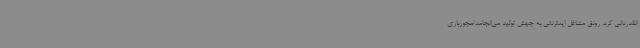
انقدردانی کرد. رونق مشاغل اینترنتی به جهش تولید می‌انجامد/مجوزبازی‌